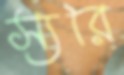
স্যরি